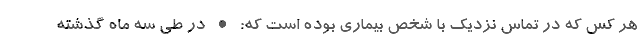
هر کس که در تماس نزدیک با شخص بیماری بوده است که: • در طی سه ماه گذشته